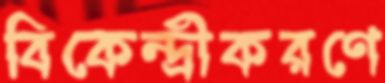
বিকেন্দ্রীকরণে